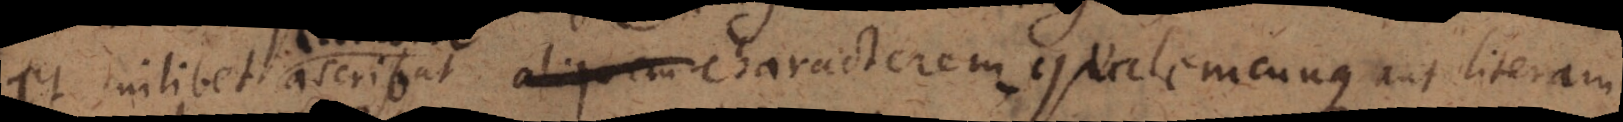
et cuilibet earum ascribat aliquem characterem qualemcunque aut literam